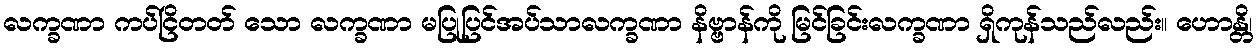
လက္ခဏာ ကပ်ငြိတတ် သော လက္ခဏာ မပြုပြင်အပ်သာလက္ခဏာ နိဗ္ဗာန်ကို မြင်ခြင်းလက္ခဏာ ရှိကုန်သည်လည်း။ ဟောန္တိ၊